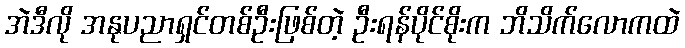
အဲဒီလို အနုပညာရှင်တစ်ဦးဖြစ်တဲ့ ဦးရန်ပိုင်စိုးက ဘိသိက်လောကထဲ